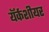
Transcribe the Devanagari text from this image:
यॅर्कशीयर